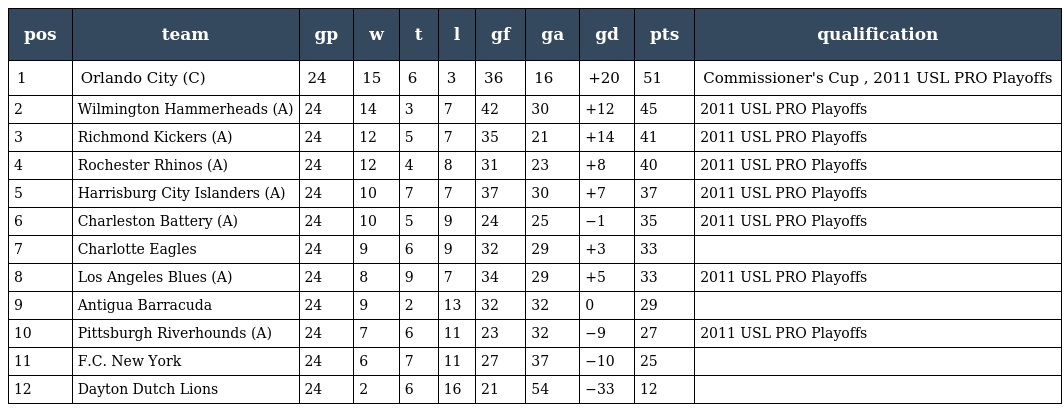
| pos | team | gp | w | t | l | gf | ga | gd | pts | qualification |
 | --- | --- | --- | --- | --- | --- | --- | --- | --- | --- | --- |
 | 1 | Orlando City (C) | 24 | 15 | 6 | 3 | 36 | 16 | +20 | 51 | Commissioner's Cup , 2011 USL PRO Playoffs |
 | 2 | Wilmington Hammerheads (A) | 24 | 14 | 3 | 7 | 42 | 30 | +12 | 45 | 2011 USL PRO Playoffs |
 | 3 | Richmond Kickers (A) | 24 | 12 | 5 | 7 | 35 | 21 | +14 | 41 | 2011 USL PRO Playoffs |
 | 4 | Rochester Rhinos (A) | 24 | 12 | 4 | 8 | 31 | 23 | +8 | 40 | 2011 USL PRO Playoffs |
 | 5 | Harrisburg City Islanders (A) | 24 | 10 | 7 | 7 | 37 | 30 | +7 | 37 | 2011 USL PRO Playoffs |
 | 6 | Charleston Battery (A) | 24 | 10 | 5 | 9 | 24 | 25 | −1 | 35 | 2011 USL PRO Playoffs |
 | 7 | Charlotte Eagles | 24 | 9 | 6 | 9 | 32 | 29 | +3 | 33 |  |
 | 8 | Los Angeles Blues (A) | 24 | 8 | 9 | 7 | 34 | 29 | +5 | 33 | 2011 USL PRO Playoffs |
 | 9 | Antigua Barracuda | 24 | 9 | 2 | 13 | 32 | 32 | 0 | 29 |  |
 | 10 | Pittsburgh Riverhounds (A) | 24 | 7 | 6 | 11 | 23 | 32 | −9 | 27 | 2011 USL PRO Playoffs |
 | 11 | F.C. New York | 24 | 6 | 7 | 11 | 27 | 37 | −10 | 25 |  |
 | 12 | Dayton Dutch Lions | 24 | 2 | 6 | 16 | 21 | 54 | −33 | 12 |  |